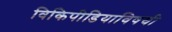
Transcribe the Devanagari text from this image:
विकिपीडियाविषयी